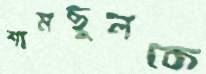
শামছুলকে